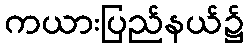
ကယားပြည်နယ်၌